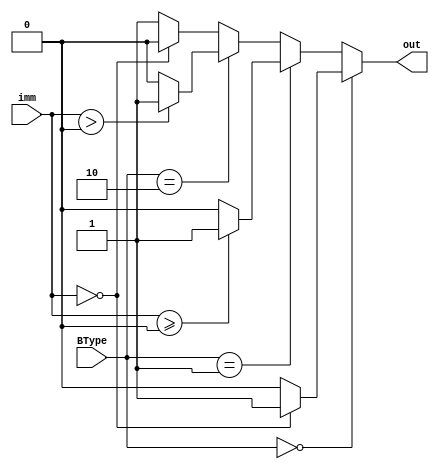
module BranchingJudge (
    input signed[15:0] imm,
	input[1:0] BType,
    output reg out
);

always @(imm or BType) begin
    if (BType == 0) begin 
        //beq
        if (imm == 0) begin
            out = 1;
        end else begin
            out = 0;
        end
        
    end else if (BType == 1) begin
        //bge
        if (imm >= 0) begin
            out = 1;
        end else begin
            out = 0;
        end
    end else if (BType == 2) begin
        //bgt
        if (imm > 0) begin
            out = 1;
        end else begin
            out = 0;
        end
    end else begin
        //bneq
        if (imm == 0) begin
            out = 0;
        end else begin
            out = 1;
        end
    end
end

endmodule